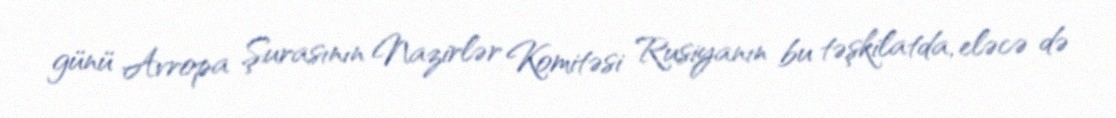
günü Avropa Şurasının Nazirlər Komitəsi Rusiyanın bu təşkilatda, eləcə də